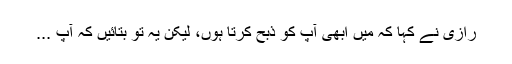
رازی نے کہا کہ میں ابھی آپ کو ذبح کرتا ہوں، لیکن یہ تو بتائیں کہ آپ ...